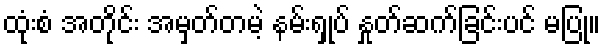
ထုံးစံ အတိုင်း အမှတ်တမဲ့ နမ်းရှုပ် နှုတ်ဆက်ခြင်းပင် မပြု။